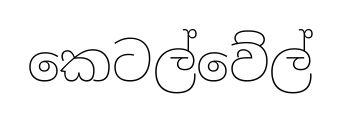
කෙටල්වේල්